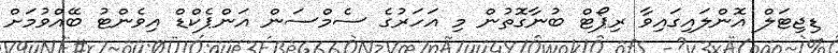
ޑިޖިޓަލް އޮންލައިގައިވާ ރިޕޯޓް ބުނާގޮތުން މި އަހަރުގެ ސެމްސަން އަންޕެކްޑް އިވެންޓު ބޭއްވުމަށް